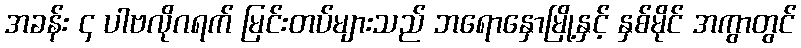
အခန်း ၄ ပါဗလိုဂရက် မြင်းတပ်များသည် ဘရောနှောမြို့နှင့် နှစ်မိုင် အကွာတွင်